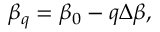
\beta _ { q } = \beta _ { 0 } - q \Delta \beta ,